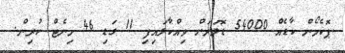
ޕޮކެމޯން ކާޑެއް 54000 ޑޮލަރަށް ވިއްކާލައިފި 11 ގަޑި 46 މިނެޓް ކުރިން.